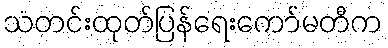
သတင်းထုတ်ပြန်ရေးကော်မတီက